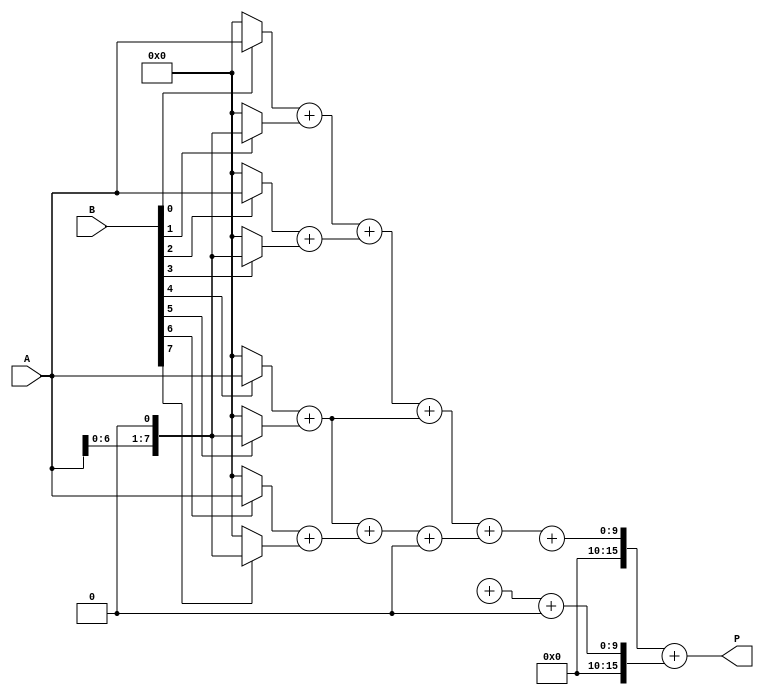
module radix4_wallace_multiplier #(parameter WIDTH = 8) (
    input wire [WIDTH-1:0] A, // Multiplicand
    input wire [WIDTH-1:0] B, // Multiplier
    output wire [2*WIDTH-1:0] P // Product
);

    // Partial product generation
    wire [WIDTH-1:0] pp [0:WIDTH/2-1]; // Partial products
    genvar i;
    generate
        for (i = 0; i < WIDTH/2; i = i + 1) begin : pp_gen
            assign pp[i] = (B[2*i] ? A : 0) + (B[2*i+1] ? {A, 1'b0} : 0);
        end
    endgenerate

    // Wallace tree reduction using carry-save adders
    wire [WIDTH-1:0] sum [0:WIDTH/2-1];
    wire [WIDTH-1:0] carry [0:WIDTH/2-1];

    // First level of CSAs
    generate
        for (i = 0; i < WIDTH/2-1; i = i + 1) begin : CSA_level1
            if (i % 2 == 0) begin
                assign {carry[i/2], sum[i/2]} = pp[i] + pp[i+1] + (i < WIDTH/2-2 ? pp[i+2] : 0);
            end
        end
    endgenerate

    // Second level of CSAs
    wire [WIDTH-1:0] sum2 [0:WIDTH/4-1];
    wire [WIDTH-1:0] carry2 [0:WIDTH/4-1];

    generate
        for (i = 0; i < WIDTH/4; i = i + 1) begin : CSA_level2
            assign {carry2[i], sum2[i]} = sum[i*2] + sum[i*2+1] + (i*2+2 < WIDTH/2 ? carry[i*2+2] : 0);
        end
    endgenerate

    // Final addition
    wire [2*WIDTH-1:0] final_sum;
    assign final_sum = {carry2[0], sum2[0]} + {carry2[1], sum2[1]};

    // Output the final product
    assign P = final_sum;

endmodule